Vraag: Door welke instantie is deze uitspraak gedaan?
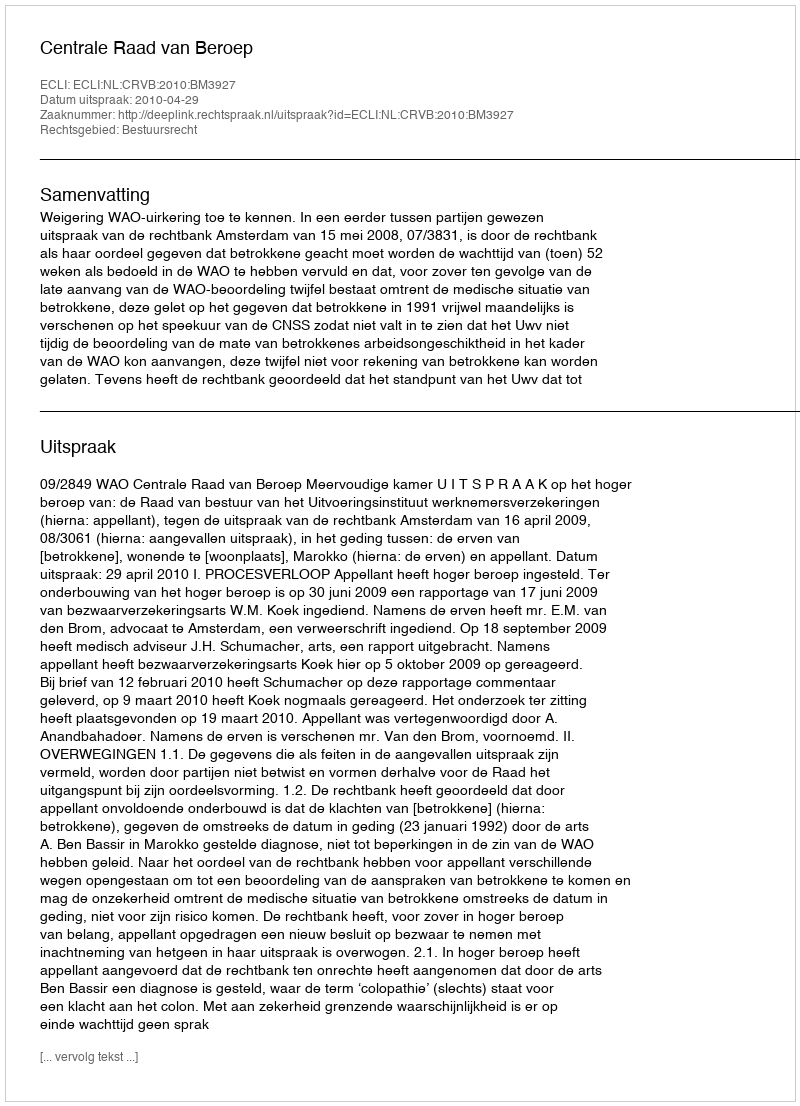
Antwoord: Centrale Raad van Beroep